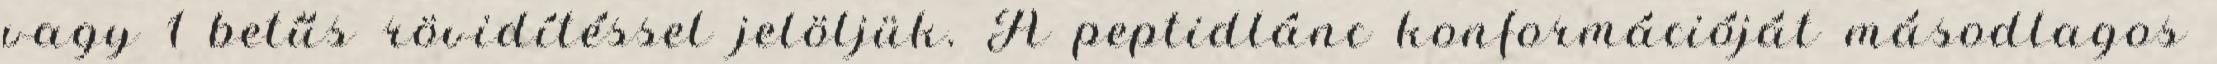
vagy 1 betűs rövidítéssel jelöljük. A peptidlánc konformációját másodlagos